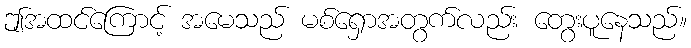
ဤအထင်ကြောင့် အမေသည် မစ်ရှောအတွက်လည်း တွေးပူနေသည်။